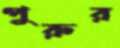
পুরুর